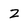
Character: z